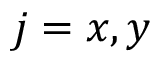
j = x , y